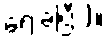
ရေးခဲ့ပြီး)။